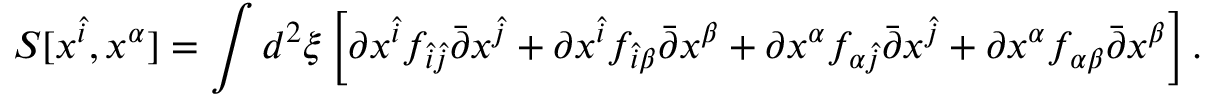
S [ x ^ { \hat { i } } , x ^ { \alpha } ] = \int d ^ { 2 } \xi \left[ \partial x ^ { \hat { i } } f _ { \hat { i } \hat { j } } \bar { \partial } x ^ { \hat { j } } + \partial x ^ { \hat { i } } f _ { \hat { i } \beta } \bar { \partial } x ^ { \beta } + \partial x ^ { \alpha } f _ { \alpha \hat { j } } \bar { \partial } x ^ { \hat { j } } + \partial x ^ { \alpha } f _ { \alpha \beta } \bar { \partial } x ^ { \beta } \right] .